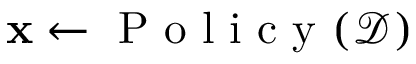
\mathbf { x } \gets \mathrm { ~ P ~ o ~ l ~ i ~ c ~ y ~ } ( \mathcal { D } )